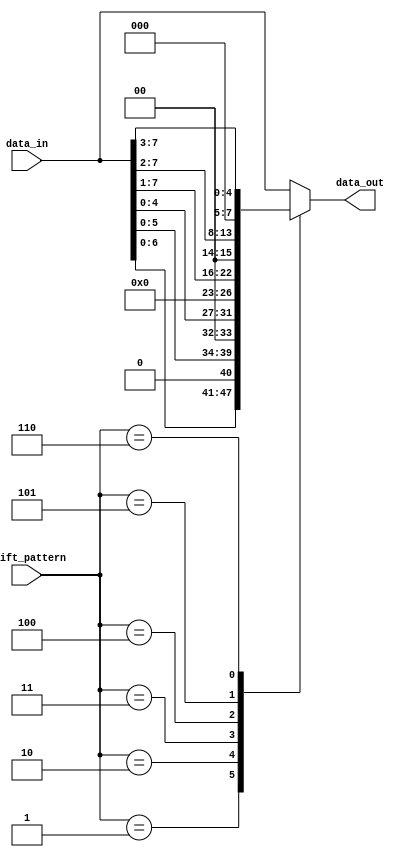
module Sparse_Barrel_Shifter (
    input wire [7:0] data_in,
    input wire [2:0] shift_pattern,
    output reg [7:0] data_out
);

always @(*) begin
    case(shift_pattern)
        3'b000: data_out = data_in; // no shift
        3'b001: data_out = data_in << 1; // shift left by 1
        3'b010: data_out = data_in << 2; // shift left by 2
        3'b011: data_out = data_in << 3; // shift left by 3
        3'b100: data_out = data_in >> 1; // shift right by 1
        3'b101: data_out = data_in >> 2; // shift right by 2
        3'b110: data_out = data_in >> 3; // shift right by 3
        default: data_out = data_in; // no shift
    endcase
end

endmodule